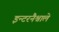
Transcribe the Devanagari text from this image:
इन्टरनैश्नाले